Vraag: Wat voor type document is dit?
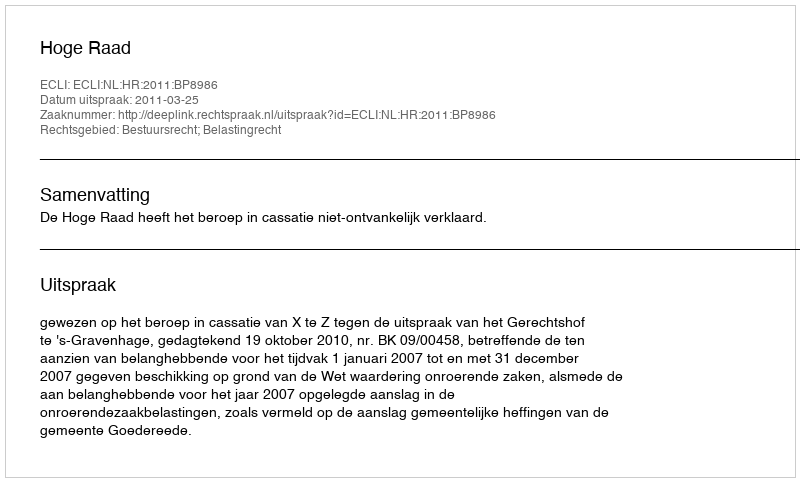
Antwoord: Uitspraak